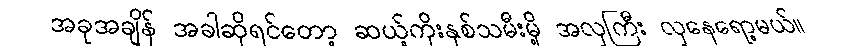
အခုအချိန် အခါဆိုရင်တော့ ဆယ့်ကိုးနှစ်သမီးမို့ အလှကြီး လှနေရော့မယ်။